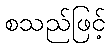
စသည်ဖြင့်